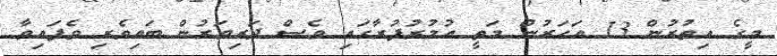
މީގެ އިތުރުން 13 އަހަރުން މަތީ އުމުރުފުރާގައި ވެސް ދަރިވަރުން ބައިވެރި ވެފައިވާ